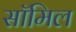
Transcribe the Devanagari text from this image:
सॉमिल